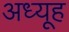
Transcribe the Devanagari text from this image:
अध्यूह